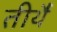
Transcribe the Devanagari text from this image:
तीर्थै